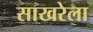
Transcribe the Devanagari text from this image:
साखरेला